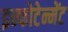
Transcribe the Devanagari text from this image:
इन्फोटेन्मेंट